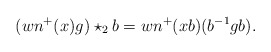
\begin{align*}(w n^+(x) g ) \star_{2} b = w n^+(xb) (b^{-1}gb). \end{align*}